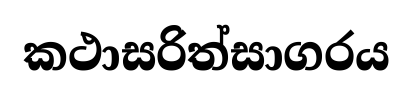
කථාසරිත්සාගරය